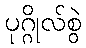
ပုဂ္ဂိုလ်စွဲ